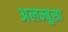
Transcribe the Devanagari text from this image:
अलम्बुसा